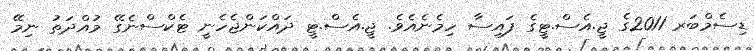
ޑިސެމްބަރ 2011ގެ ޖީ.އެސް.ޓީގެ ފައިސާ ހިމެނެއެވެ. ޖީ.އެސް.ޓީ ދައްކަންޖެހެނީ ޓެކްސްނެގޭ މުއްދަތު ނިމޭ